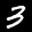
Label: 3